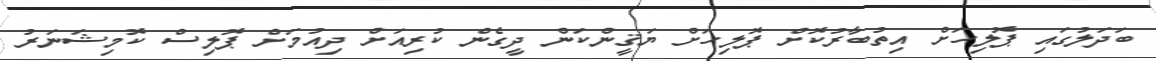
ބަދަލުގައި ޕޮލިހަށް އިތުބާރުކޮށް ޕޮލިހަށް ޔަޤީންކަން ދީގެން ކުރިއަށް ދިއުމަށް ޕޮލިސް ކޮމިޝަނަރު